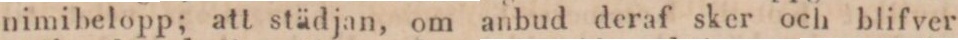
nimibelopp; att städjan, om anbud deraf sker och blifver